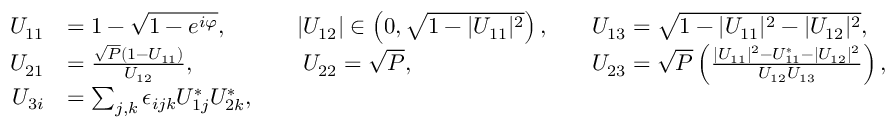
\begin{array} { r l r l r l } { U _ { 1 1 } } & { = 1 - \sqrt { 1 - e ^ { i \varphi } } , } & & { | U _ { 1 2 } | \in \left( 0 , \sqrt { 1 - | U _ { 1 1 } | ^ { 2 } } \right) , } & & { U _ { 1 3 } = \sqrt { 1 - | U _ { 1 1 } | ^ { 2 } - | U _ { 1 2 } | ^ { 2 } } , } \\ { U _ { 2 1 } } & { = \frac { \sqrt { P } ( 1 - U _ { 1 1 } ) } { U _ { 1 2 } } , } & & { \phantom { | } U _ { 2 2 } = \sqrt { P } , } & & { U _ { 2 3 } = \sqrt { P } \left( \frac { | U _ { 1 1 } | ^ { 2 } - U _ { 1 1 } ^ { * } - | U _ { 1 2 } | ^ { 2 } } { U _ { 1 2 } U _ { 1 3 } } \right) , } \\ { U _ { 3 i } } & { = \sum _ { j , k } \epsilon _ { i j k } U _ { 1 j } ^ { * } U _ { 2 k } ^ { * } , } \end{array}